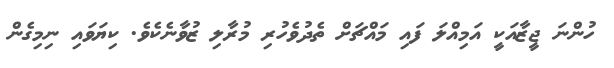
ހުންނަ ޖީޒާއަކީ އަމިއްލަ ފައި މައްޗަށް ތެދުވެހުރި މުރާލި ޒުވާނެކެވެ. ކިޔަވައި ނިމިގެން